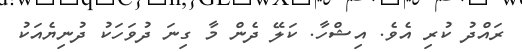
ރައްދު ކުރި އެވެ. އިޝްހާ. ކަލޭ ދެން މާ ގިނަ ދުވަހަކު ދުނިޔެއަކު